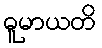
ဓူမာယတိ